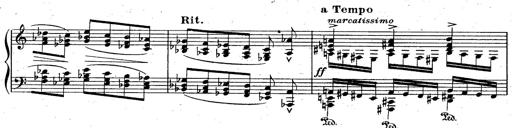
Title: God Save the Queen
Composer: Charles LÃ©on Hess
Key: A major